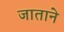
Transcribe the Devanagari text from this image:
जाताने